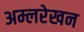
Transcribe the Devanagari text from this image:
अम्लरेखन